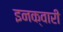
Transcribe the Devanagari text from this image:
इनक्वारी